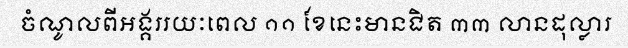
ចំណូលពីអង្គររយៈពេល ១១ ខែនេះមានជិត ៣៣ លានដុល្លារ